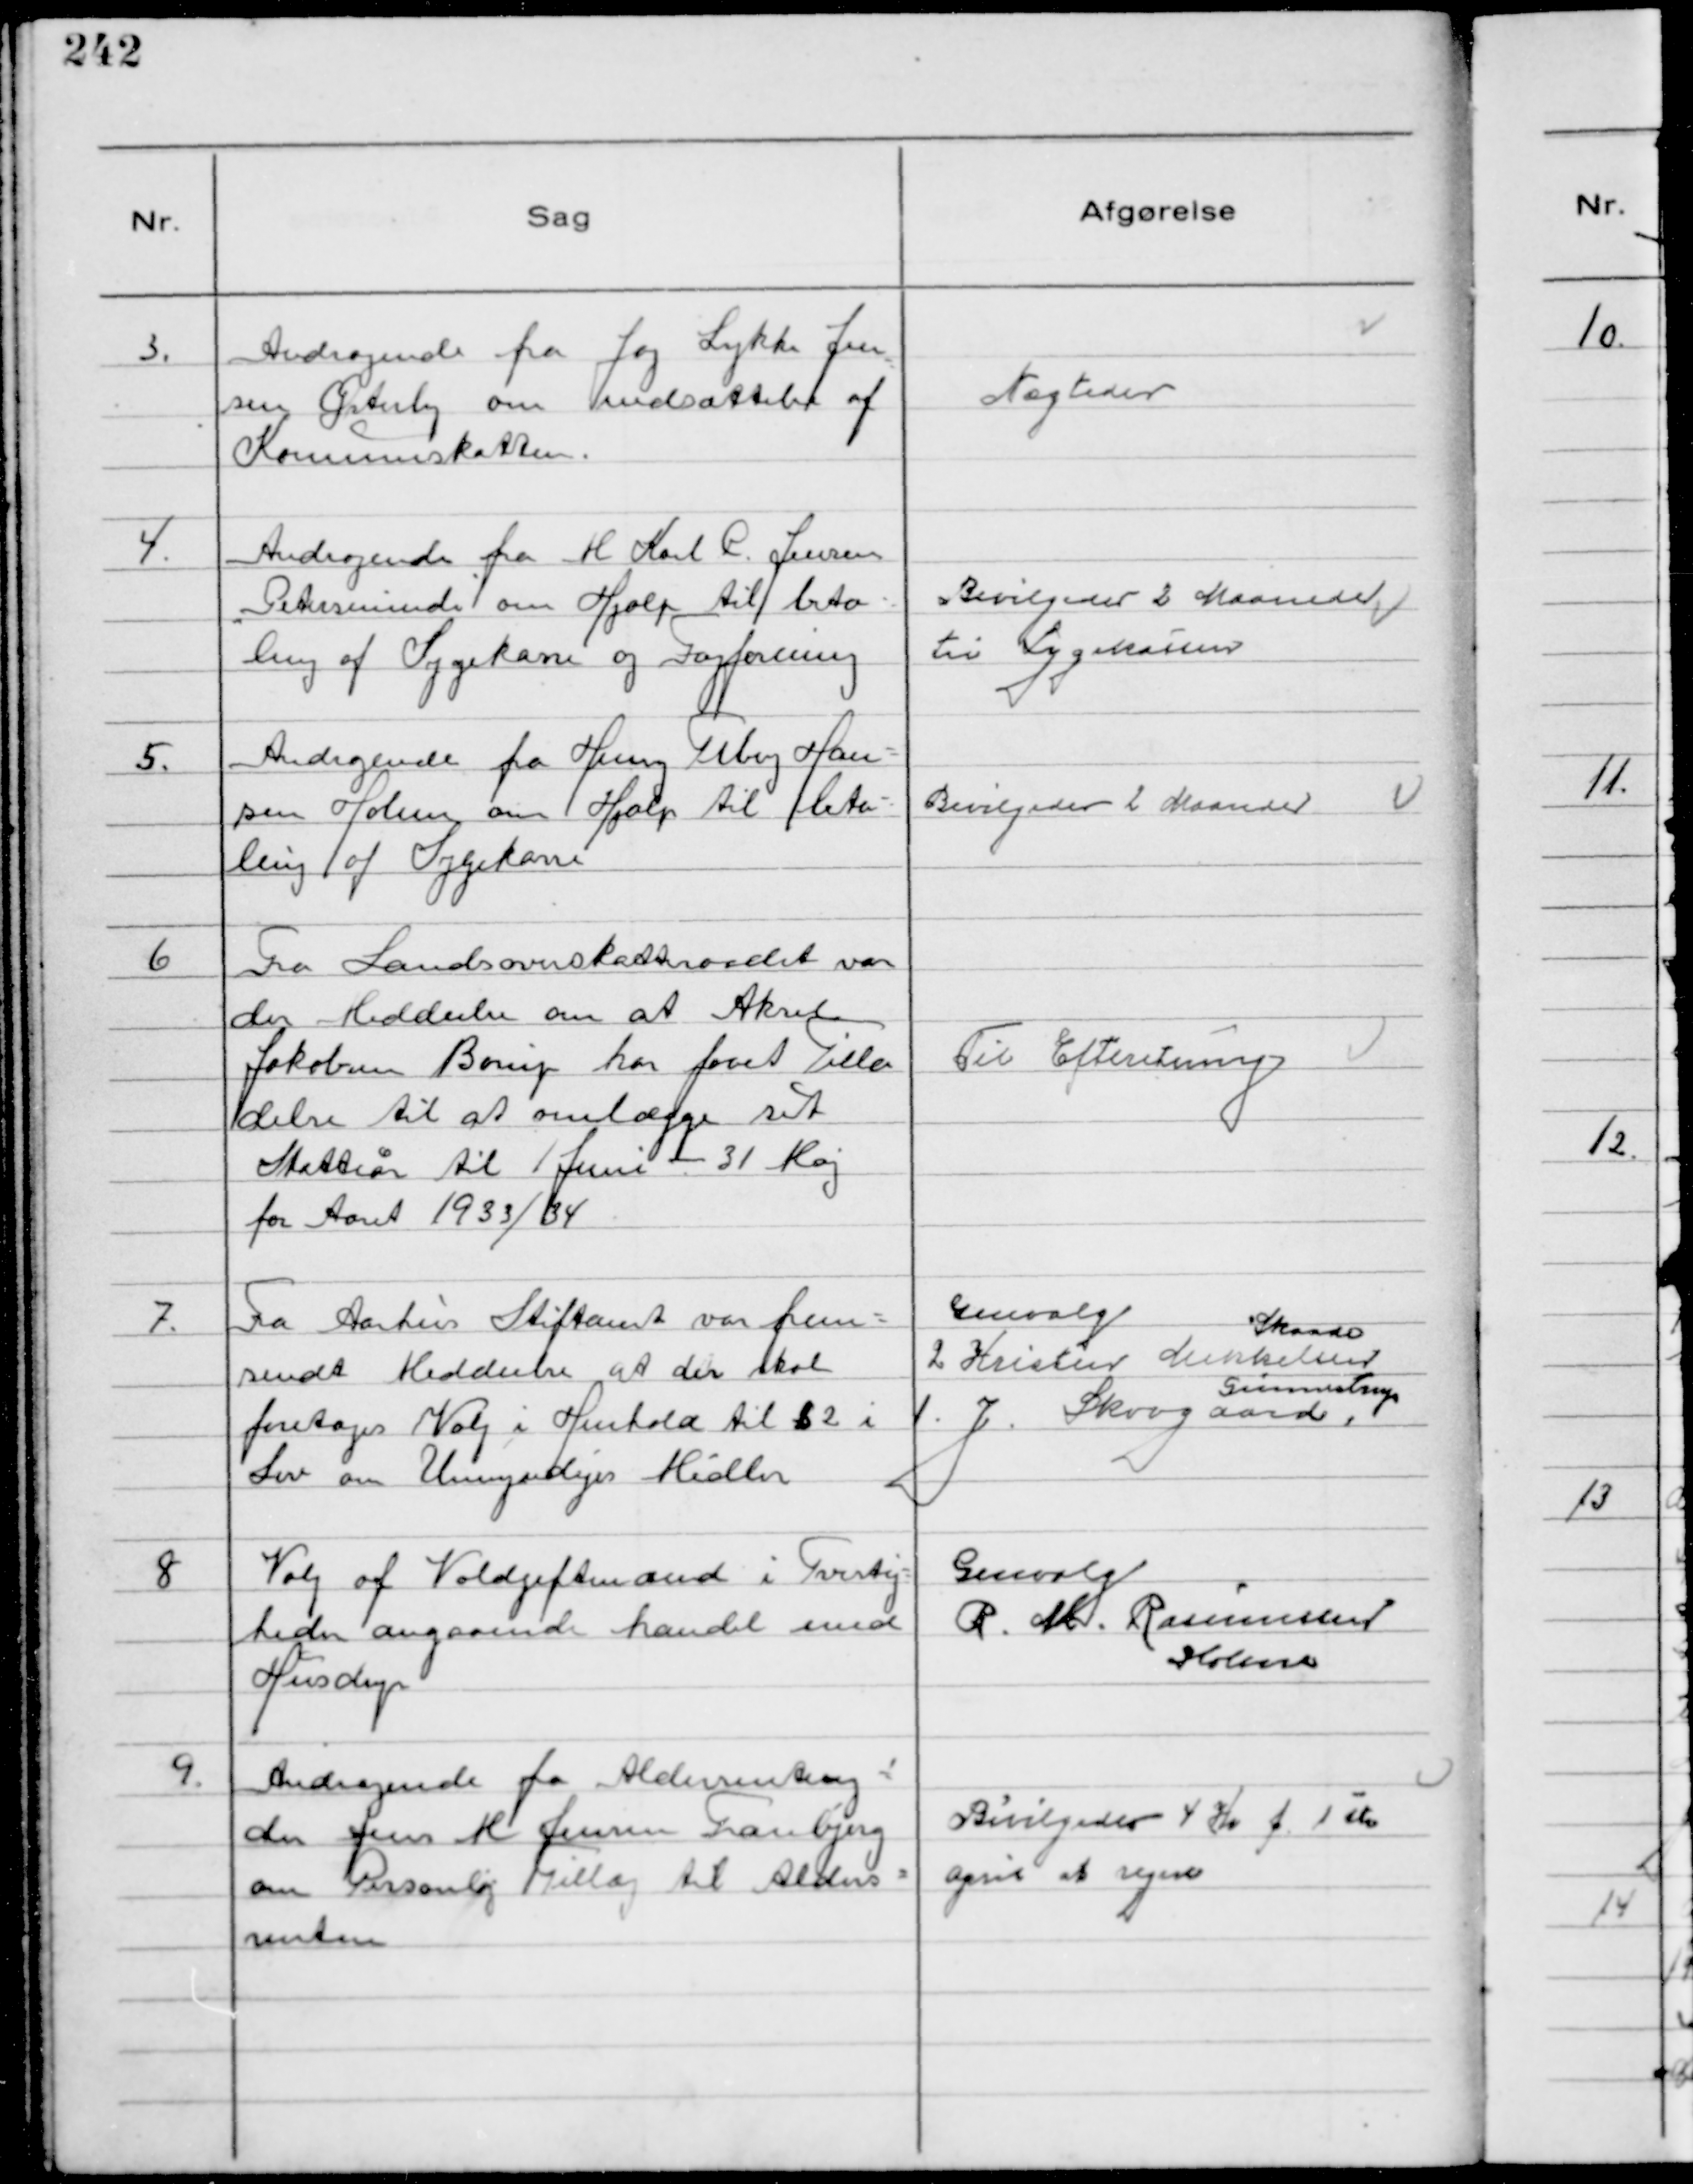
Transskription:
3.
Andragende fra Joy Lykke Jen
sen Østerby om nedsættelse af
Kommuneskatten.

Nægtedes

4.
Andragende fra M Karl P. Jensen
"Petersminde" om Hjælp til beta-
ling af Sygekasse og Fagforening

Bevilgedes 2 Maaneder
til Sygekassen

5.
Andragende fra Henry Tiberg Han-
sen Holme om Hjælp til beta-
ling af Sygekasse

Bevilgedes 2 Maaneder

6
Fra Landsoverskatteraadet var
der Meddeelse om at Aksel
Jakobsen Borup har faaet Tilla
delse til at omlægge sit
Skatteår til 1 Juni - 31 Maj
for Aaret 1933/34

Til Efteretning

7.
Fra Aarhus Stiftamt var frem-
sendt Meddeelse at der skal
foretages Valg i Henhold til § 2 i
Lov om Umyndiges Midler

Genvalg
2 Kristen Mikkelsen
Skaade
1. J. Skovgaard,
Gunnestrup

8
Valg af Voldgiftmand i Tvistig-
heder angaaende handel med
Husdyr

Genvalg
R. M. Rasmussen
Holme

9.
Andragende fra Aldersrenteny-
der Jens M Jensen Tranbjerg
om Personlig Tillæg til Alders-
renten

Bevilgedes 4 Kr f. 1ste
April at regne